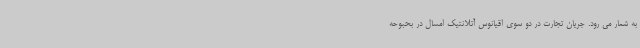
به شمار می رود. جریان تجارت در دو سوی اقیانوس آتلانتیک امسال در بحبوحه